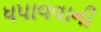
ધપાવવાની